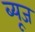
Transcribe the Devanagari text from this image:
ब्यूज